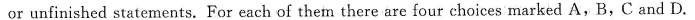
or unfinished statements. For each of thea there are four choices marked A, B,C and D.